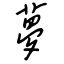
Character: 夢